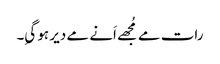
رات مے مُجھے اَنے مے دیر ہو گیِ۔